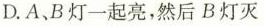
D.A、B灯一起亮，然后B灯灭